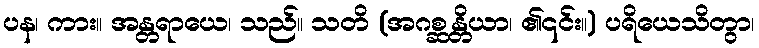
ပန၊ ကား။ အန္တရာယေ၊ သည်။ သတိ (အဂစ္ဆန္တိယာ၊ ၏၎င်း။) ပရိယေသိတွာ၊